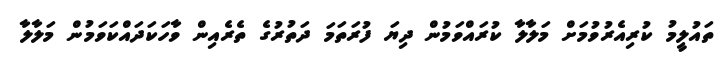
ތައުލީމު ކުރިއެރުވުމަށް މަލާލާ ކުރައްވަމުން ދިޔަ ފުރަތަމަ ދަތުރުގެ ތެރެއިން ވާހަކަދައްކަވަމުން މަލާލާ